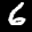
Label: 6